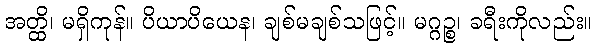
အတ္ထိ၊ မရှိကုန်။ ပိယာပိယေန၊ ချစ်မချစ်သဖြင့်။ မဂ္ဂဉ္စ၊ ခရီးကိုလည်း။